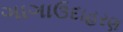
ગાગાઉદાહરણ